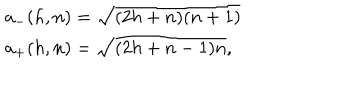
\begin{array} { l c r } { { a _ { - } ( h , n ) = \sqrt { ( 2 h + n ) ( n + 1 ) } } } \\ { { a _ { + } ( h , n ) = \sqrt { ( 2 h + n - 1 ) n } , } } \\ \end{array}